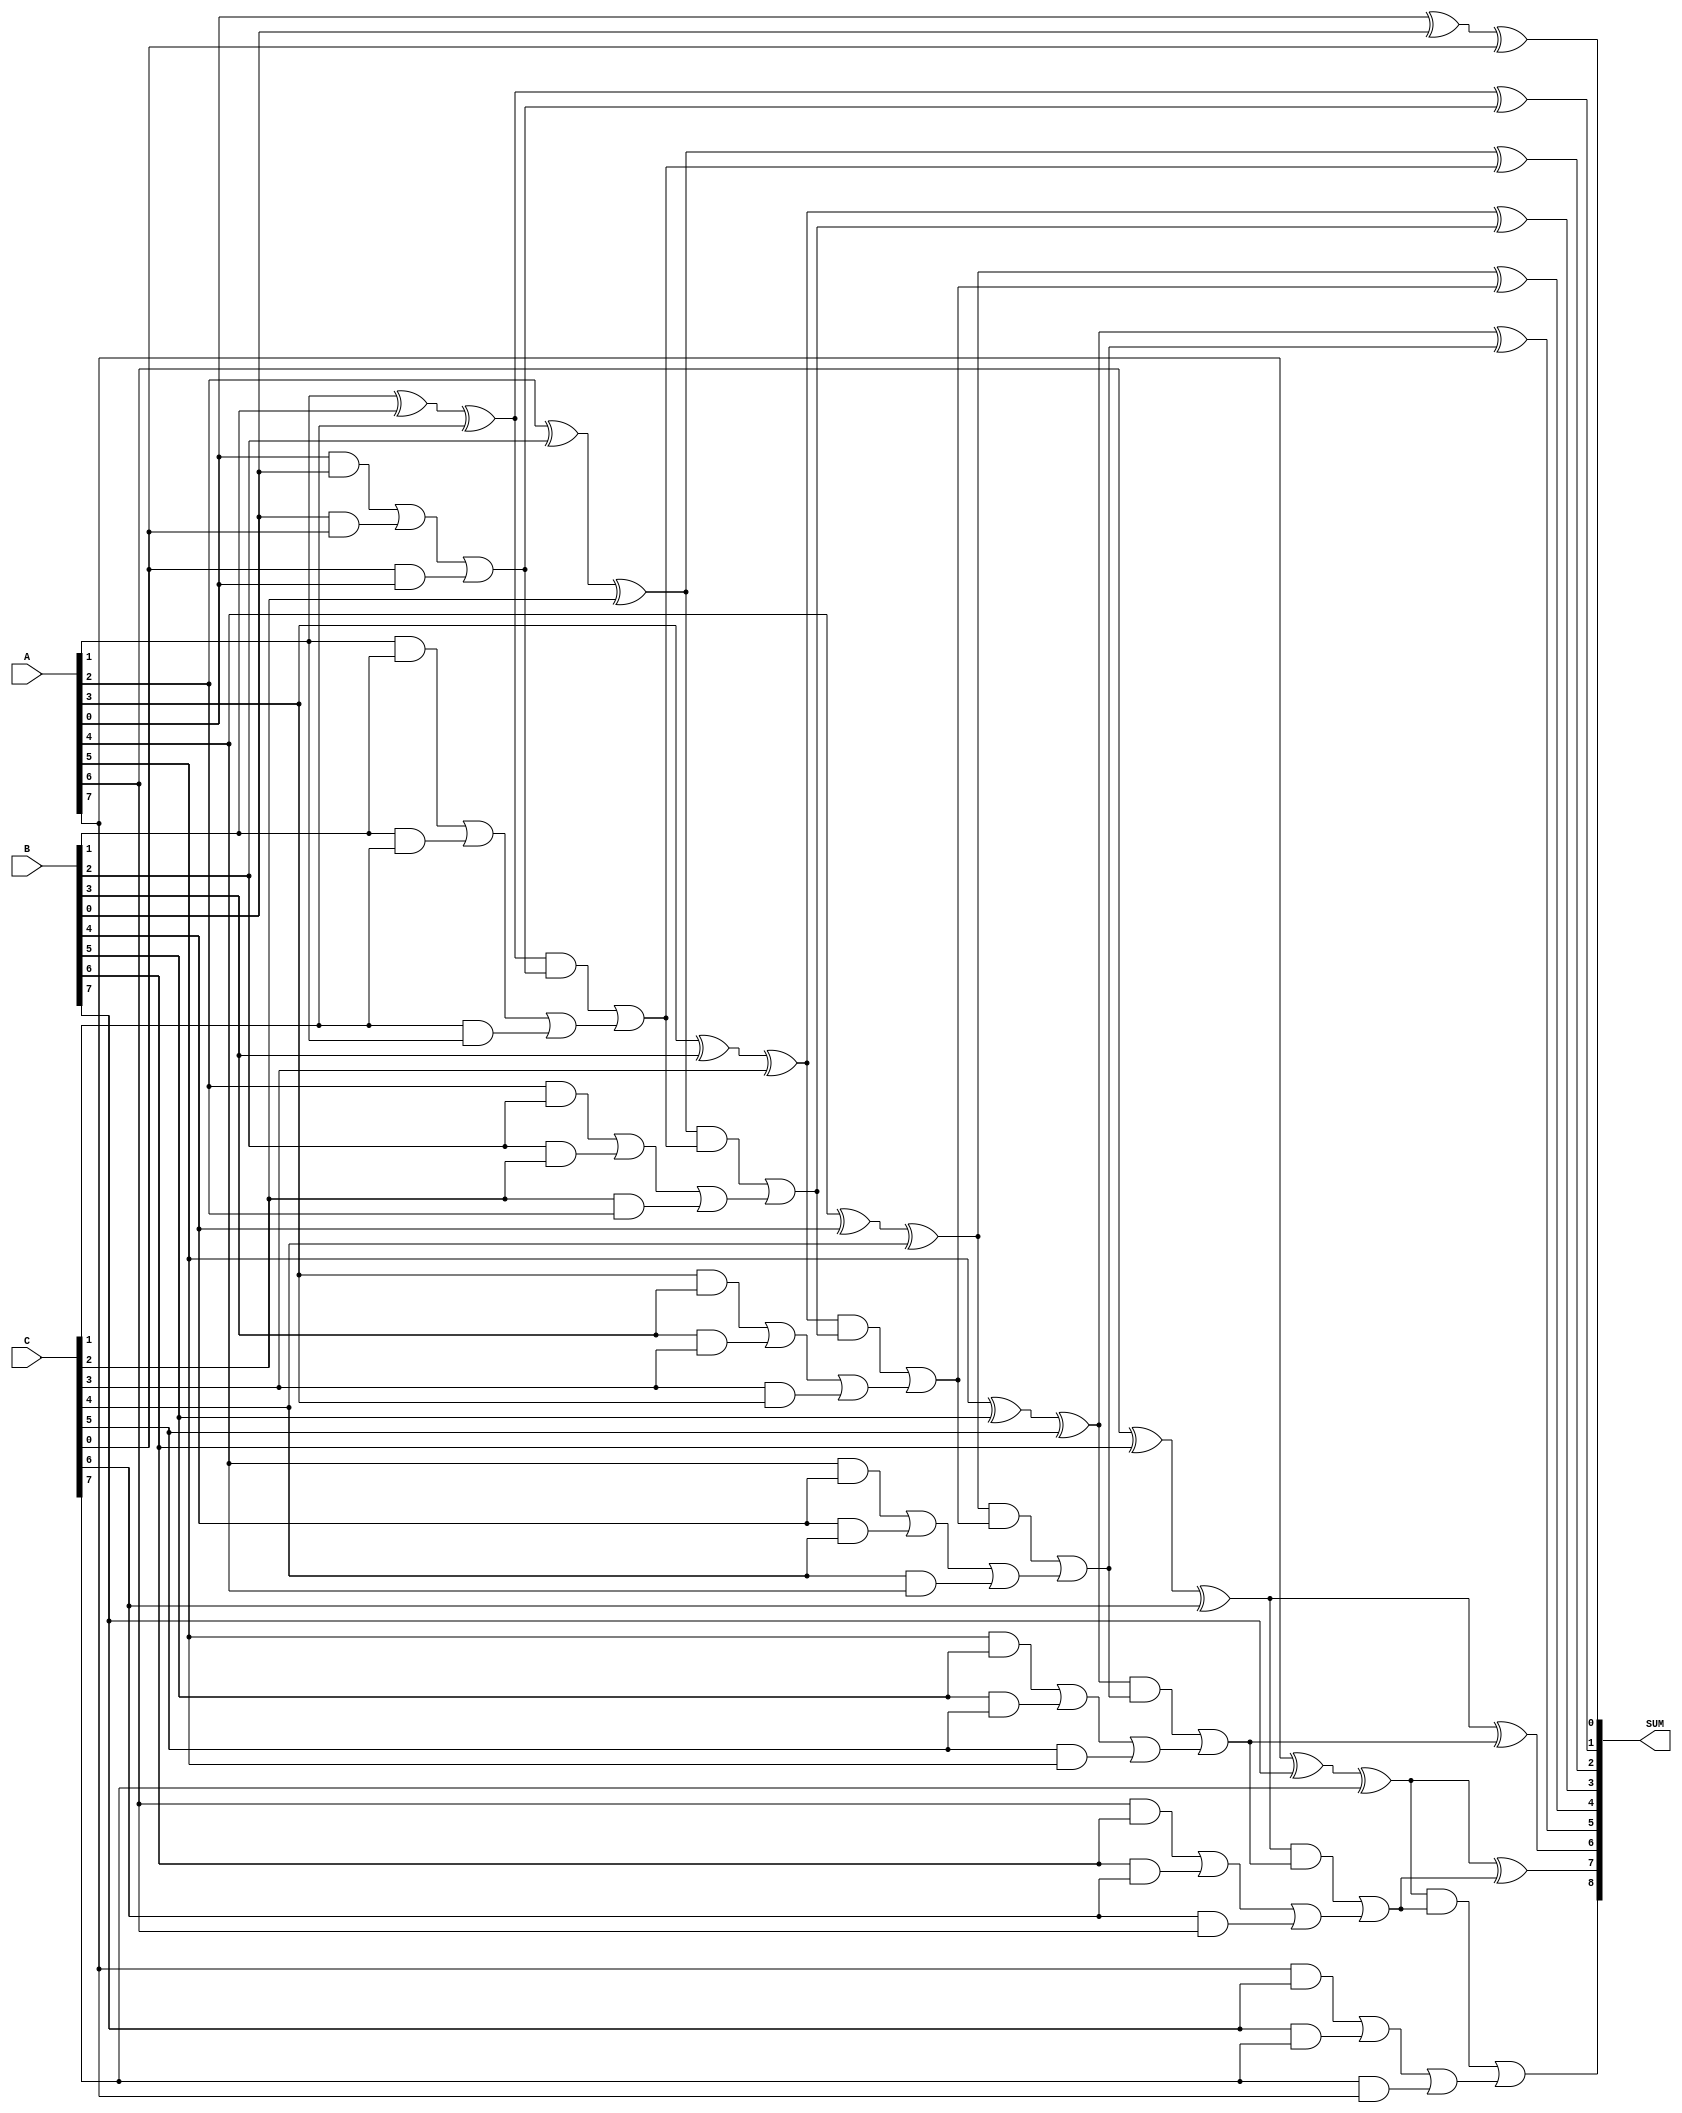
module carry_save_adder #(parameter N = 8) (
    input  [N-1:0] A,       // First operand
    input  [N-1:0] B,       // Second operand
    input  [N-1:0] C,       // Third operand
    output [N:0] SUM        // Final sum output (N+1 bits to accommodate carry)
);

    wire [N-1:0] sum;       // Sum outputs from CSA
    wire [N-1:0] carry;     // Carry outputs from CSA

    // Carry Save Stage
    genvar i;
    generate
        for (i = 0; i < N; i = i + 1) begin : csa
            assign sum[i]  = A[i] ^ B[i] ^ C[i]; // Sum is the XOR of A, B, and C
            assign carry[i] = (A[i] & B[i]) | (B[i] & C[i]) | (C[i] & A[i]); // Carry is the OR of ANDs
        end
    endgenerate

    // Carry Propagation Stage
    wire [N-1:0] carry_out; // Carry out for the propagation stage
    wire [N-1:0] final_sum; // Final sum after propagation

    assign carry_out[0] = carry[0]; // First carry output is directly from CSA
    assign final_sum[0] = sum[0];    // First sum output is directly from CSA

    // Propagate carry through the sum
    generate
        for (i = 1; i < N; i = i + 1) begin : carry_propagation
            assign final_sum[i] = sum[i] ^ carry_out[i-1]; // Sum with carry from previous bit
            assign carry_out[i] = (sum[i] & carry_out[i-1]) | carry[i]; // New carry output
        end
    endgenerate

    // Final output sum
    assign SUM = {carry_out[N-1], final_sum}; // Concatenate the final carry with the final sum

endmodule